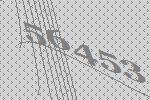
56453